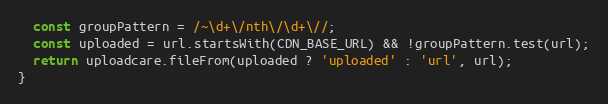
Language: JavaScript
  const groupPattern = /~\d+\/nth\/\d+\//;
  const uploaded = url.startsWith(CDN_BASE_URL) && !groupPattern.test(url);
  return uploadcare.fileFrom(uploaded ? 'uploaded' : 'url', url);
}